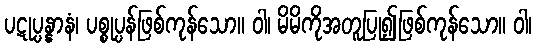
ပဋုပ္ပန္နာနံ၊ ပစ္စုပ္ပန်ဖြစ်ကုန်သော။ ဝါ၊ မိမိကိုအတူပြု၍ဖြစ်ကုန်သော။ ဝါ၊